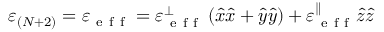
\varepsilon _ { ( N + 2 ) } = \varepsilon _ { \mathrm { ~ e ~ f ~ f ~ } } = \varepsilon _ { \mathrm { ~ e ~ f ~ f ~ } } ^ { \perp } \left( \hat { x } \hat { x } + \hat { y } \hat { y } \right) + \varepsilon _ { \mathrm { ~ e ~ f ~ f ~ } } ^ { \parallel } \hat { z } \hat { z }